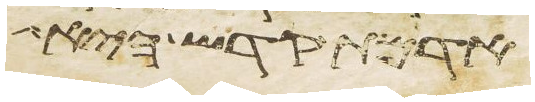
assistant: אדמת קדש היא